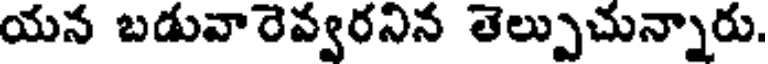
యన బడువారెవ్వరనిన తెల్పుచున్నారు.